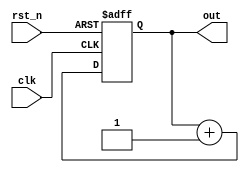
`timescale 1ns / 1ps
//////////////////////////////////////////////////////////////////////////////////
// Company: 
// Engineer: 
// 
// Design Name: 
// Module Name: binary_up_counter
// Project Name: 
// Target Devices: 
// Tool Versions: 
// Description: 
// 
// Dependencies: 
// 
// Revision:
// Revision 0.01 - File Created
// Additional Comments:
// 
//////////////////////////////////////////////////////////////////////////////////


module binary_up_counter(
    out,        //LED output
    clk,        //clock after drequency divider
    rst_n       //global rst
);
output [3:0] out;
input clk;
input rst_n;
reg [3:0] out;
reg [3:0] out_tmp;

always @*
    out_tmp = out + 1'b1;

always @(posedge clk, negedge rst_n)
    if (~rst_n)
        out <= 4'b0000;
    else
        out <= out_tmp;
 
endmodule